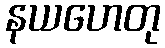
နယဟေတု